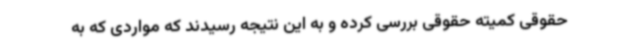
حقوقی کمیته حقوقی بررسی کرده و به این نتیجه رسیدند که مواردی که به